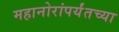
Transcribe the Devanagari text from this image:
महानोरांपर्यंतच्या